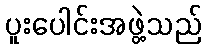
ပူးပေါင်းအဖွဲ့သည်